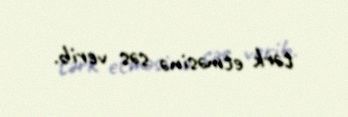
tərk etməsinə səs verib.